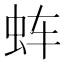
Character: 𰲬